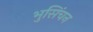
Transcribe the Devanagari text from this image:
भुसिंचन